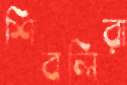
শিবলিরা